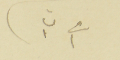
فى ١ ت١